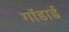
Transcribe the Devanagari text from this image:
गॉडार्ड